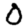
Digit: 0